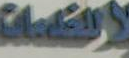
الكاسات